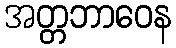
အတ္တဘာဝေန